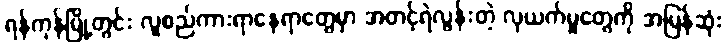
ရန်ကုန်မြို့တွင်း လူစည်ကားရာနေရာတွေမှာ အတင့်ရဲလွန်းတဲ့ လုယက်မှုတွေကို အမြန်ဆုံး